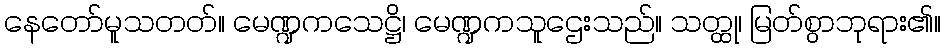
နေတော်မူသတတ်။ မေဏ္ဍကသေဋ္ဌိ၊ မေဏ္ဍကသူဌေးသည်။ သတ္ထု၊ မြတ်စွာဘုရား၏။